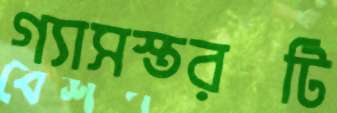
গ্যাসস্তরটি